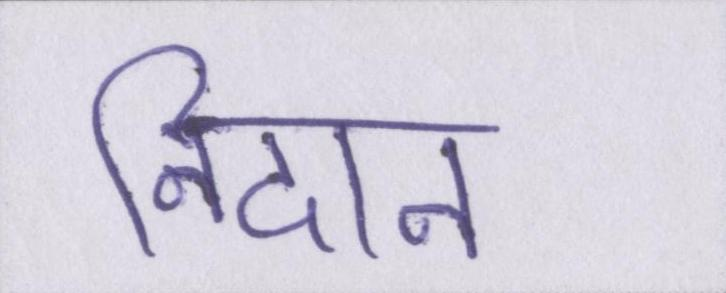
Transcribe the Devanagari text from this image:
निदान